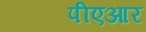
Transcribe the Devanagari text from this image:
पीएआर